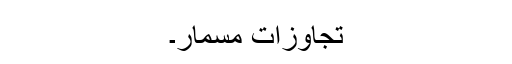
تجاوزات مسمار۔